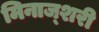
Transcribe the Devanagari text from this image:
मिनाज्शरी